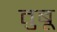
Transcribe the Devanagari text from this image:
तुबू